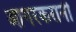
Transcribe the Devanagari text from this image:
आगरकरानी